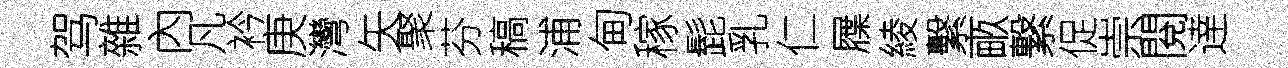
驾雜內凡衿庚灣矢聚芬稿浦甸稼髭乳仁屧綾繫畞繋促崇閱逹